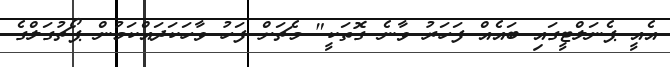
އެއީ ޕެނަލްޓީގައި ބައެއް ފަހަރު ވާނެ ގޮތަކީ" މެޗަށް ފަހު ވާހަކަދައްކަމުން ޕޯޗުގަލްގެ